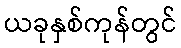
ယခုနှစ်ကုန်တွင်